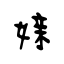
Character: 媇